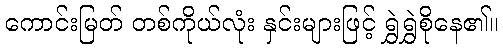
ကောင်းမြတ် တစ်ကိုယ်လုံး နှင်းများဖြင့် ရွှဲရွှဲစိုနေ၏။